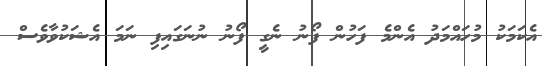
އެކަމަކު މުހައްމަދު އެންމެ ފަހުން ފޯނު ނެގީ ފޯނު ނުނަގައިފި ނަމަ އެޝަކުވާވެސް